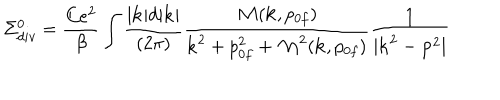
\Sigma _ { d i v } ^ { 0 } = { \frac { C e ^ { 2 } } { \beta } } \int { \frac { | { \bf k } | d | { \bf k } | } { ( 2 \pi ) } } { \frac { { \cal M } ( { \bf k } , p _ { 0 f } ) } { { \bf k } ^ { 2 } + p _ { 0 f } ^ { 2 } + { \cal M } ^ { 2 } ( { \bf k } , p _ { 0 f } ) } } { \frac { 1 } { | { \bf k } ^ { 2 } - { \bf p } ^ { 2 } | } }